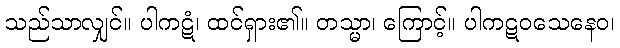
သည်သာလျှင်။ ပါကဋံ၊ ထင်ရှား၏။ တသ္မာ၊ ကြောင့်။ ပါကဋဝသေနေဝ၊